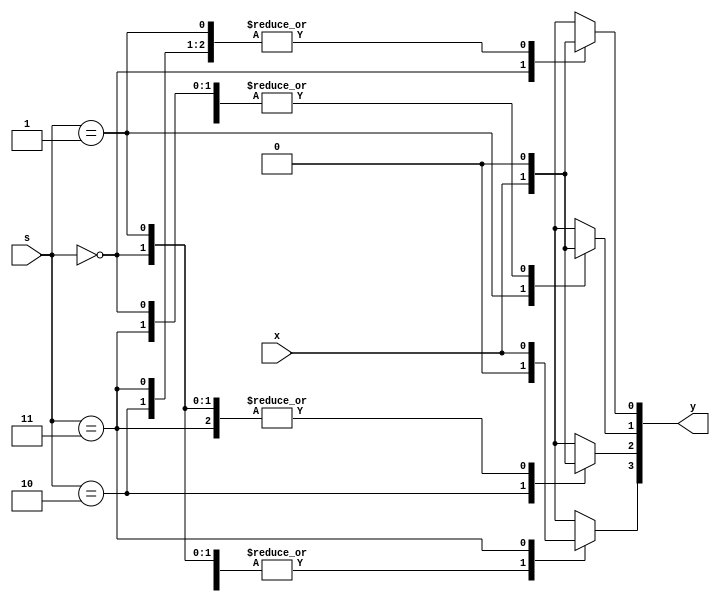
module demux_1x4_ (input x, input [1:0] s, output reg [3:0] y);
    always @(*) begin
        y = 4'b0;  // to make the y as 0000 before loop for better operation
        case(s)
        2'b00 : y[0] = x ;
        2'b01 : y[1] = x ;
        2'b10 : y[2] = x ;
        2'b11 : y[3] = x ;
        endcase
    end
endmodule